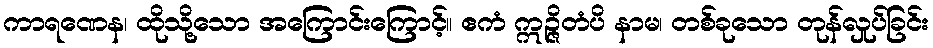
ကာရဏေန၊ ထိုသို့သော အကြောင်းကြောင့်။ ဧကံ ဣဉ္ဇိတံပိ နာမ၊ တစ်ခုသော တုန်လှုပ်ခြင်း